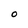
Character: 0